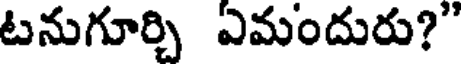
టనుగూర్చి ఏమందురు?"